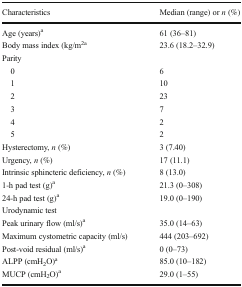
<table><thead><tr><td><b>Characteristics</b></td><td><b>Median (range) or <i>n</i> (%)</b></td></tr></thead><tbody><tr><td>Age (years)<sup>a</sup></td><td>61 (36–81)</td></tr><tr><td>Body mass index (kg/m<sup>2</sup><sup>a</sup></td><td>23.6 (18.2–32.9)</td></tr><tr><td colspan="2">Parity</td></tr><tr><td> 0</td><td>6</td></tr><tr><td> 1</td><td>10</td></tr><tr><td> 2</td><td>23</td></tr><tr><td> 3</td><td>7</td></tr><tr><td> 4</td><td>2</td></tr><tr><td> 5</td><td>2</td></tr><tr><td>Hysterectomy, <i>n</i> (%)</td><td>3 (7.40)</td></tr><tr><td>Urgency, <i>n</i> (%)</td><td>17 (11.1)</td></tr><tr><td>Intrinsic sphincteric deficiency, <i>n</i> (%)</td><td>8 (13.0)</td></tr><tr><td>1-h pad test (g)<sup>a</sup></td><td>21.3 (0–308)</td></tr><tr><td>24-h pad test (g)<sup>a</sup></td><td>19.0 (0–190)</td></tr><tr><td>Urodynamic test</td><td></td></tr><tr><td>Peak urinary flow (ml/s)<sup>a</sup></td><td>35.0 (14–63)</td></tr><tr><td>Maximum cystometric capacity (ml/s)</td><td>444 (203–692)</td></tr><tr><td>Post-void residual (ml/s)<sup>a</sup></td><td>0 (0–73)</td></tr><tr><td>ALPP (cmH<sub>2</sub>O)<sup>a</sup></td><td>85.0 (10–182)</td></tr><tr><td>MUCP (cmH<sub>2</sub>O)<sup>a</sup></td><td>29.0 (1–55)</td></tr></tbody></table>